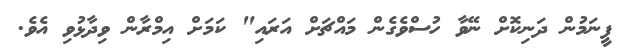
ފީނަމުން ދަނިކޮށް ނޭވާ ހުސްވެގެން މައްޗަށް އަރައި" ކަމަށް އިމްރާން ވިދާޅުވި އެވެ.